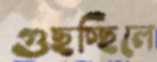
গুছচ্ছিলে